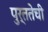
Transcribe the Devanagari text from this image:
पुर्ततेची